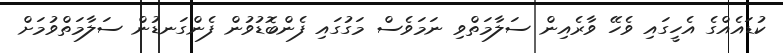
ކުޑައެއްގެ އެހީގައި ވެހޭ ވާރެއިން ސަލާމަތްވި ނަމަވެސް މަގުގައި ފެންބޮޑުވުން ފެންގަނޑުން ސަލާމަތްވުމަށް